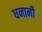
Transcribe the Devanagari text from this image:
धनानी